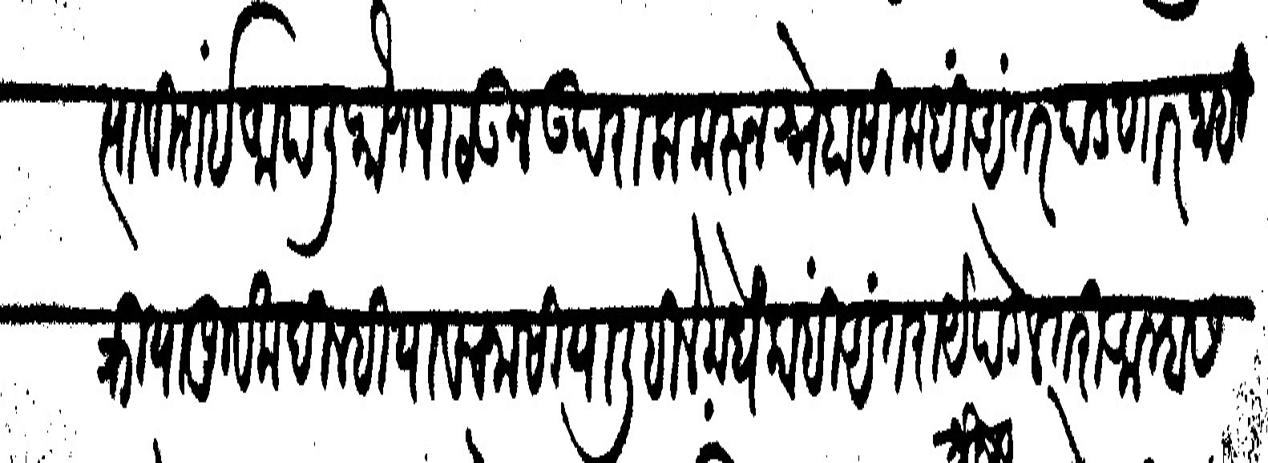
Transliteration (Devanagari): त्याविशंई आपली फौज पाठऊन उपराला करून स्नेहासी कधीं अंतर पडणार नाही क्रियापूर्वक दिल्हीया वचनासी या लिहिलेमधे कांही अंतराये पडेल तरी आम्हास